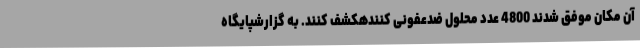
آن مکان موفق شدند 4800 عدد محلول ضدعفونی کنندهکشف کنند. به گزارشپایگاه